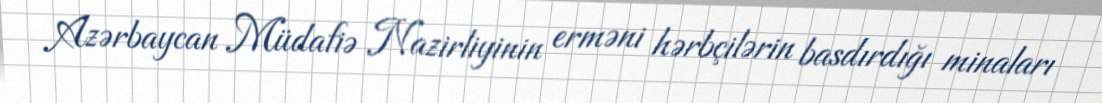
Azərbaycan Müdafiə Nazirliyinin erməni hərbçilərin basdırdığı minaları